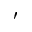
'